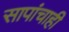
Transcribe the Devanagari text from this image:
सापांचाही